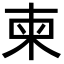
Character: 柬